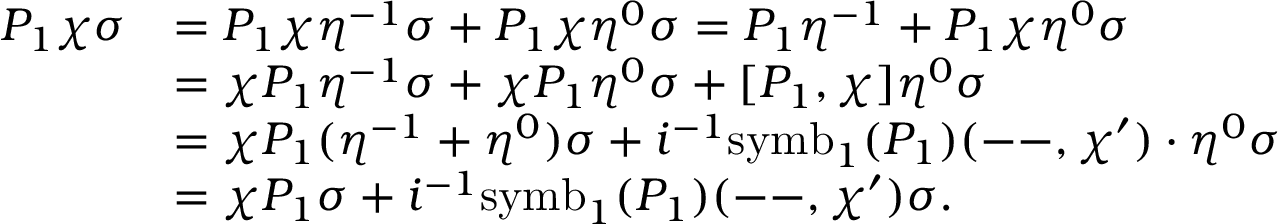
\begin{array} { r l } { P _ { 1 } \chi \sigma } & { = P _ { 1 } \chi \eta ^ { - 1 } \sigma + P _ { 1 } \chi \eta ^ { 0 } \sigma = P _ { 1 } \eta ^ { - 1 } + P _ { 1 } \chi \eta ^ { 0 } \sigma } \\ & { = \chi P _ { 1 } \eta ^ { - 1 } \sigma + \chi P _ { 1 } \eta ^ { 0 } \sigma + [ P _ { 1 } , \chi ] \eta ^ { 0 } \sigma } \\ & { = \chi P _ { 1 } ( \eta ^ { - 1 } + \eta ^ { 0 } ) \sigma + i ^ { - 1 } \mathrm { s y m b } _ { 1 } ( P _ { 1 } ) ( \mathrm { -- } , \chi ^ { \prime } ) \cdot \eta ^ { 0 } \sigma } \\ & { = \chi P _ { 1 } \sigma + i ^ { - 1 } \mathrm { s y m b } _ { 1 } ( P _ { 1 } ) ( \mathrm { -- } , \chi ^ { \prime } ) \sigma . } \end{array}